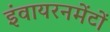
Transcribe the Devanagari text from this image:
इंवायरनमेंटों